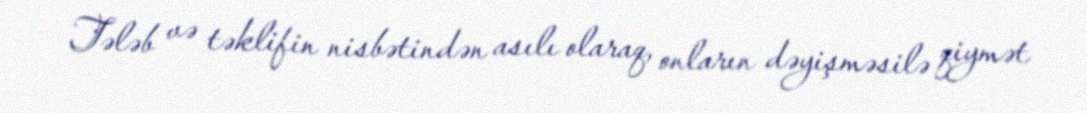
Tələb və təklifin nisbətindən asılı olaraq, onların dəyişməsilə qiymət